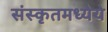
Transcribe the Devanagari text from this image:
संस्कृतमध्येये